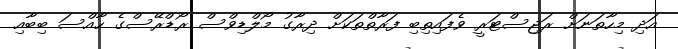
އަދި މިހާތަނަށް ރަޖިސްޓަރީ ވެފައިތިބި ފަރާތްތަކަށް ދިރާގު މޯލްޑިވްސް ރޯޑްރޭސްގެ ހާއްސަ ބިބާއި